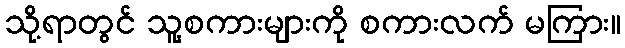
သို့ရာတွင် သူ့စကားများကို စကားလက် မကြား။